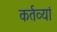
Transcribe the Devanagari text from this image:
कर्तव्यां